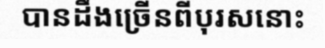
បានដឹងច្រើនពីបុរសនោះ